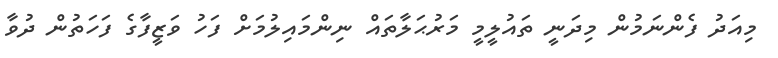
މިއަދު ފެންނަމުން މިދަނީ ތައުލީމީ މަރުޙަލާތައް ނިންމައިލުމަށް ފަހު ވަޒީފާގެ ފަހަތުން ދުވާ